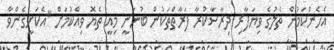
އެހެންކަމުން ތެލުގެ ވިޔަފާރި ދިރާސާކުރާ ފަރާތްތަކުން ބުނަނީ މިއީ ތެޔޮ ވިއްކުމަށް "އެކަށީގެންވާ